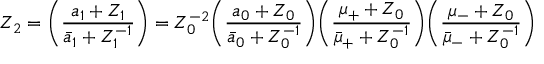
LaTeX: Z _ { 2 } = \Biggl ( \frac { a _ { 1 } + Z _ { 1 } } { { \bar { a } } _ { 1 } + Z _ { 1 } ^ { - 1 } } \Biggr ) = Z _ { 0 } ^ { - 2 } \Biggl ( \frac { a _ { 0 } + Z _ { 0 } } { { \bar { a } } _ { 0 } + Z _ { 0 } ^ { - 1 } } \Biggr ) \Biggl ( \frac { \mu _ { + } + Z _ { 0 } } { { \bar { \mu } } _ { + } + Z _ { 0 } ^ { - 1 } } \Biggr ) \Biggl ( \frac { \mu _ { - } + Z _ { 0 } } { { \bar { \mu } } _ { - } + Z _ { 0 } ^ { - 1 } } \Biggr )